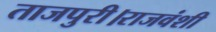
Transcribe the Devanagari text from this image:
ताजपुरी।राजवंशी